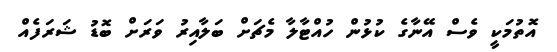
އޮތުމަކީ ވެސް އޭނާގެ ކުޅުން ހުއްޓާލާ މެޗަށް ބަލާއިރު ވަރަށް ބޮޑު ޝަރަފެއް